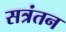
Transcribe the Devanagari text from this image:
सत्रंतन